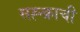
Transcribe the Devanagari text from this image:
सह्न्क्राची